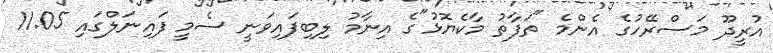
އުރީދޫ މަސްރޭހުގެ އެންމެ "ތަފާތު މާކެޔޮޅު"ގެ އިނާމު ލިބިފައިވަނީ ސެމީ ފައިނަލްގައި 11.05